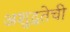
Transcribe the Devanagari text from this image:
अशुद्धतेची